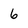
Character: 6